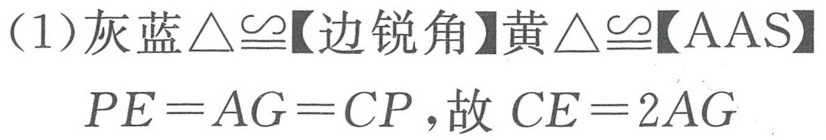
(1) 灰蓝$\triangle\cong$【边锐角】黄$\triangle\cong$【AAS】
$PE = AG = CP$，故$CE = 2AG$